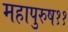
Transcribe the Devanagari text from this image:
महापुरुष११